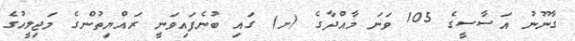
ގާނޫނު އަސާސީގެ 105 ވަނަ މާއްދާގެ (ށ) ގައި ބުނެފައިވަނީ ރައްޔިތުންގެ މަޖިލީހުގެ